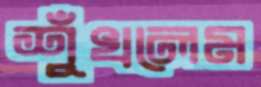
শুঁখলেম